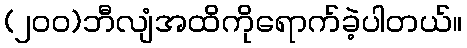
(၂၀၀)ဘီလျံအထိကိုရောက်ခဲ့ပါတယ်။